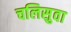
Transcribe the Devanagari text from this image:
चलिसुवा